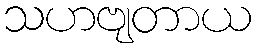
သဟဗျတာယ